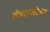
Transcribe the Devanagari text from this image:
तंत्रराजोत्तर